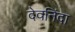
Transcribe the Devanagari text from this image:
देवनिंदा